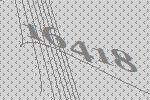
16418